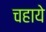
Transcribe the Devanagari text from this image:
चहाये